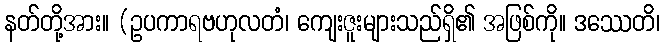
နတ်တို့အား။ (ဥပကာရဗဟုလတံ၊ ကျေးဇူးများသည်ရှိ၏ အဖြစ်ကို။ ဒဿေတိ၊